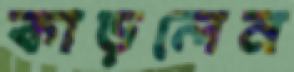
কাড়লেন